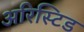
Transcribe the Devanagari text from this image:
अरिस्टिड